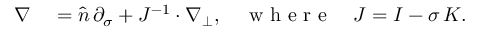
\begin{array} { r l } { \nabla } & { { } = \widehat { n } \, \partial _ { \sigma } + J ^ { - 1 } \cdot \nabla _ { \bot } , \quad \mathrm { ~ w ~ h ~ e ~ r ~ e ~ } \quad J = I - \sigma \, K . } \end{array}